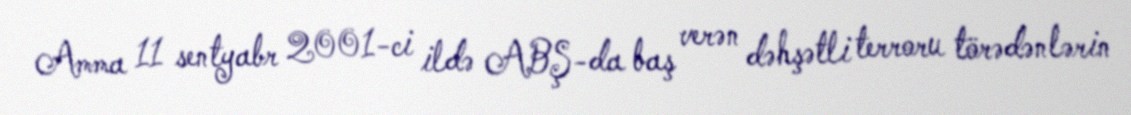
Amma 11 sentyabr 2001-ci ildə ABŞ-da baş verən dəhşətli terroru törədənlərin